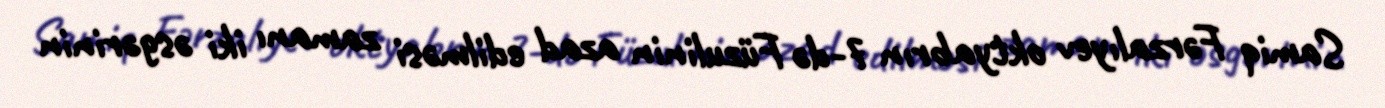
Samiq Fərzalıyev oktyabrın 7-də Füzulinin azad edilməsi zamanı iki əsgərinin